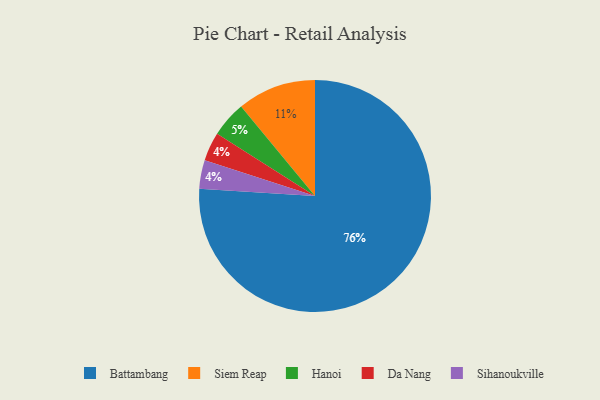
{"axis": {"x": "Category", "y": "Percentage"}, "legend": ["Battambang", "Da Nang", "Hanoi", "Siem Reap", "Sihanoukville"], "data": [{"x": "Da Nang", "y": 4, "type": "Da Nang"}, {"x": "Sihanoukville", "y": 4, "type": "Sihanoukville"}, {"x": "Siem Reap", "y": 11, "type": "Siem Reap"}, {"x": "Battambang", "y": 76, "type": "Battambang"}, {"x": "Hanoi", "y": 5, "type": "Hanoi"}]}